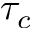
\tau _ { c }